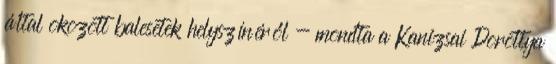
által okozott balesetek helyszínéről - mondta a Kanizsai Dorottya